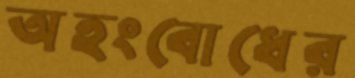
অহংবোধের